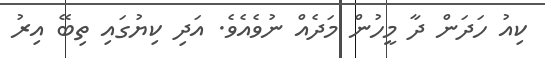
ކިއު ހަދަން ދާ މީހުން މަދެއް ނުވެއެވެ. އަދި ކިޔުގައި ތިބޭ އިރު